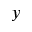
y